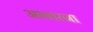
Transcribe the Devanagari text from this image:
आचारजा